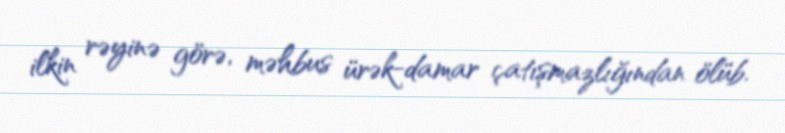
ilkin rəyinə görə, məhbus ürək-damar çatışmazlığından ölüb.